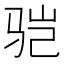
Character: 𩧱